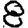
Digit: 8